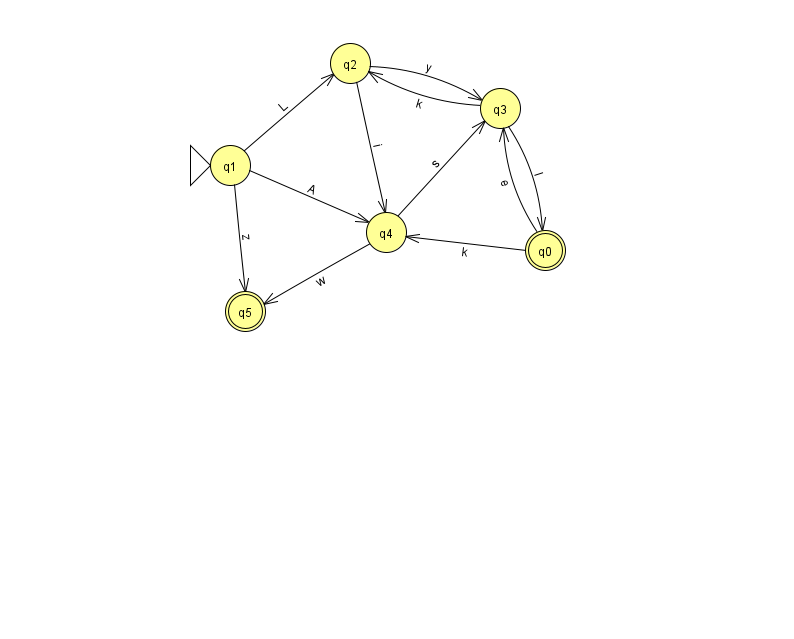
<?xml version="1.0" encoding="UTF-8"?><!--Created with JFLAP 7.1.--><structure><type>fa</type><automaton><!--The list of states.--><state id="0" name="q0"><x>545.0</x><y>237.0</y><final/></state><state id="1" name="q1"><x>230.0</x><y>152.0</y><initial/></state><state id="2" name="q2"><x>350.0</x><y>50.0</y></state><state id="3" name="q3"><x>500.0</x><y>95.0</y></state><state id="4" name="q4"><x>386.0</x><y>219.0</y></state><state id="5" name="q5"><x>245.0</x><y>298.0</y><final/></state><!--The list of transitions.--><transition><from>0</from><to>4</to><read>k</read></transition><transition><from>3</from><to>0</to><read>l</read></transition><transition><from>4</from><to>3</to><read>s</read></transition><transition><from>1</from><to>4</to><read>A</read></transition><transition><from>1</from><to>5</to><read>z</read></transition><transition><from>2</from><to>4</to><read>i</read></transition><transition><from>1</from><to>2</to><read>L</read></transition><transition><from>0</from><to>3</to><read>e</read></transition><transition><from>4</from><to>5</to><read>w</read></transition><transition><from>3</from><to>2</to><read>k</read></transition><transition><from>2</from><to>3</to><read>y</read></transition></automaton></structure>